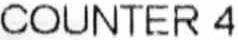
COUNTER 4